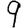
Digit: 9